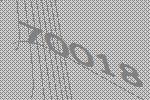
70018